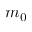
m _ { 0 }